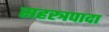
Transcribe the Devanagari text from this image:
सहस्त्रपादा